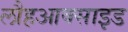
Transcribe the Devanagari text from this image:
लौहआक्साइड